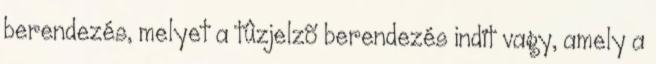
berendezés, melyet a tûzjelzõ berendezés indít vagy, amely a